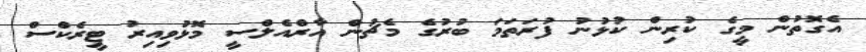
އެގޮތުން މީގެ ކުރިން ކުޅުނު ފުރަތަމަ ބުރުގެ މެޗުން އާރްއެލްސީ މޮޅުވިއިރު ޓީރެކްސް